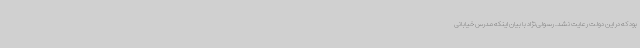
بود که در این دولت رعایت نشد. رسولی‌نژاد با بیان اینکه مدرس خیابانی